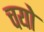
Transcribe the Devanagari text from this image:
चयो